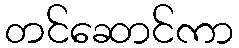
တင်ဆောင်ကာ